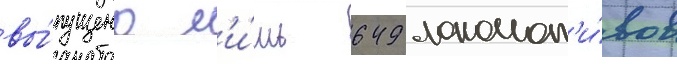
вы́пущено л'и́шь 649 локомот'и́вов